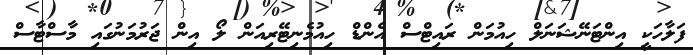
ފަލާހަކީ އިންޓަނޭޝަނަލް ހިއުމަން ރައިޓްސް އެންޑް ހިއުމެނިޓޭރިއަން ލޯ އިން ޖަރުމަނުގައި މާސްޓާސް